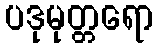
ပဒုမုတ္တရော